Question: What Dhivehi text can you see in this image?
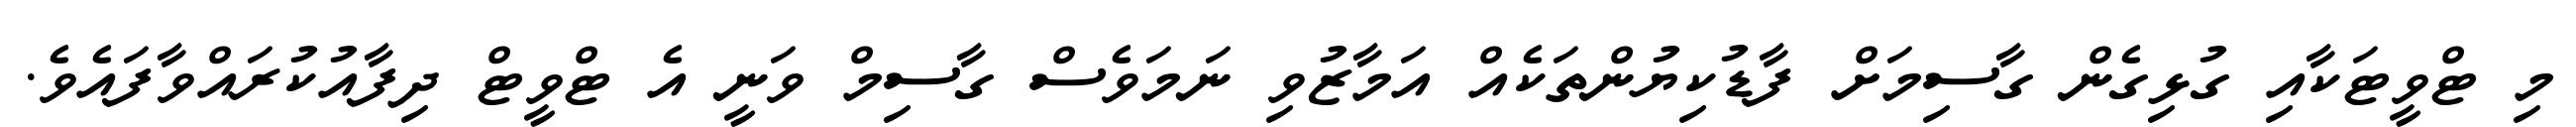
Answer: މި ޓްވީޓަކާއި ގުޅިގެން ގާސިމަށް ފާޑުކިޔުންތަކެއް އަމާޒުވި ނަމަވެސް ގާސިމް ވަނީ އެ ޓްވީޓް ދިފާއުކުރައްވާފައެވެ.